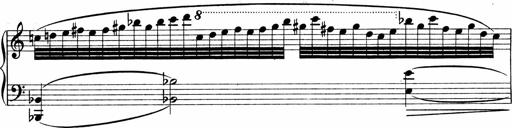
Title: Sonatina No.1
Composer: Otto Stoll
Key: C major